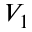
V _ { 1 }